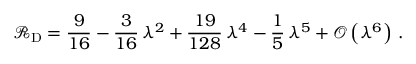
\mathcal { R } _ { \mathrm { D } } = \frac { 9 } { 1 6 } - \frac { 3 } { 1 6 } \, \lambda ^ { 2 } + \frac { 1 9 } { 1 2 8 } \, \lambda ^ { 4 } - \frac { 1 } { 5 } \, \lambda ^ { 5 } + \mathcal { O } \left( \lambda ^ { 6 } \right) \, .